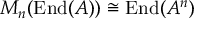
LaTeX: M _ { n } ( \operatorname { E n d } ( A ) ) \cong \operatorname { E n d } ( A ^ { n } )